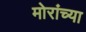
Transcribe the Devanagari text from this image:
मोरांच्या